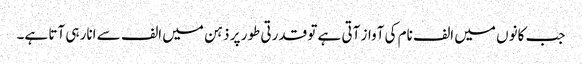
جب کانوں میں الف نام کی آواز آتی ہے تو قدرتی طور پر ذہن میں الف سے انار ہی آتا ہے۔